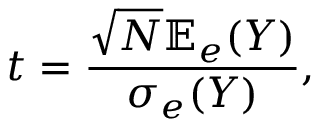
t = \frac { \sqrt { N } { \mathbb E } _ { e } ( Y ) } { { \sigma _ { e } ( Y ) } } ,